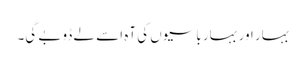
بہار اور بہار باسیوں کی آہ اسے لے ڈوبے گی۔